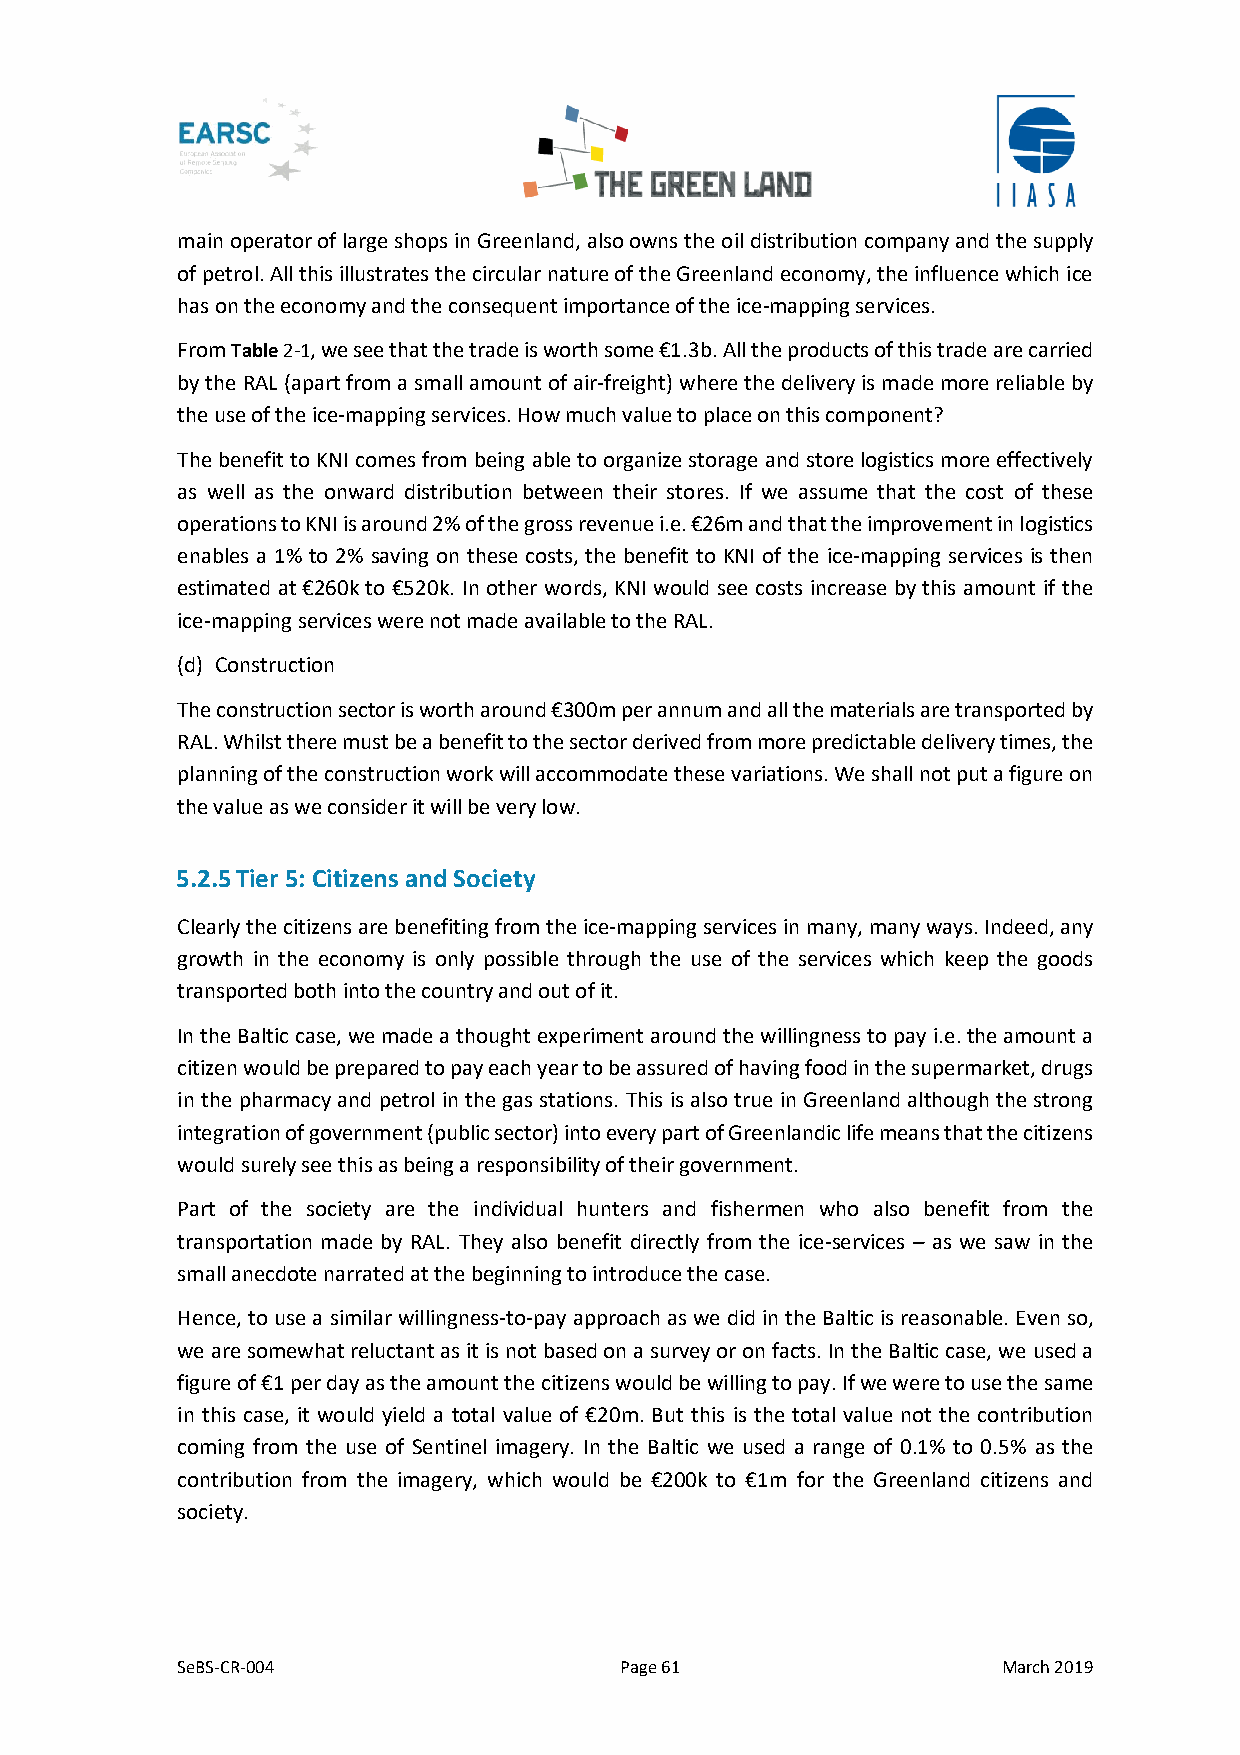
main operator of large shops in Greenland, also owns the oil distribution company and the supply
 of petrol. All this illustrates the circular nature of the Greenland economy, the influence which ice
 has on the economy and the consequent importance of the ice-mapping services.
 From Table 2-1, we see that the trade is worth some €1.3b. All the products of this trade are carried
 by the RAL (apart from a small amount of air-freight) where the delivery is made more reliable by
 the use of the ice-mapping services. How much value to place on this component?
 The benefit to KNI comes from being able to organize storage and store logistics more effectively
 as well as the onward distribution between their stores. If we assume that the cost of these
 operations to KNI is around 2% of the gross revenue i.e. €26m and that the improvement in logistics
 enables a 1% to 2% saving on these costs, the benefit to KNI of the ice-mapping services is then
 estimated at €260k to €520k. In other words, KNI would see costs increase by this amount if the
 ice-mapping services were not made available to the RAL.
 (d) Construction
 The construction sector is worth around €300m per annum and all the materials are transported by
 RAL. Whilst there must be a benefit to the sector derived from more predictable delivery times, the
 planning of the construction work will accommodate these variations. We shall not put a figure on
 the value as we consider it will be very low.
 5.2.5 Tier 5: Citizens and Society
 Clearly the citizens are benefiting from the ice-mapping services in many, many ways. Indeed, any
 growth in the economy is only possible through the use of the services which keep the goods
 transported both into the country and out of it.
 In the Baltic case, we made a thought experiment around the willingness to pay i.e. the amount a
 citizen would be prepared to pay each year to be assured of having food in the supermarket, drugs
 in the pharmacy and petrol in the gas stations. This is also true in Greenland although the strong
 integration of government (public sector) into every part of Greenlandic life means that the citizens
 would surely see this as being a responsibility of their government.
 Part of the society are the individual hunters and fishermen who also benefit from the
 transportation made by RAL. They also benefit directly from the ice-services – as we saw in the
 small anecdote narrated at the beginning to introduce the case.
 Hence, to use a similar willingness-to-pay approach as we did in the Baltic is reasonable. Even so,
 we are somewhat reluctant as it is not based on a survey or on facts. In the Baltic case, we used a
 figure of €1 per day as the amount the citizens would be willing to pay. If we were to use the same
 in this case, it would yield a total value of €20m. But this is the total value not the contribution
 coming from the use of Sentinel imagery. In the Baltic we used a range of 0.1% to 0.5% as the
 contribution from the imagery, which would be €200k to €1m for the Greenland citizens and
 society.
 SeBS-CR-004                  Page 61                  March 2019